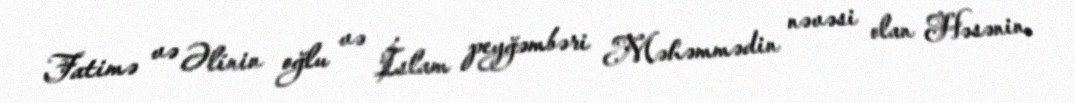
Fatimə və Əlinin oğlu və İslam peyğəmbəri Məhəmmədin nəvəsi olan Həsənin,